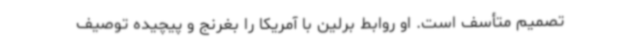
تصمیم متأسف است. او روابط برلین با آمریکا را بغرنج و پیچیده توصیف